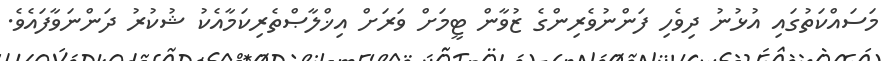
މަސައްކަތުގައި އުޅުނު ދިވެހި ފަންނުވެރިންގެ ޒުވާން ޓީމަށް ވަރަށް އިޚްލާޞްތެރިކަމާއެކު ޝުކުރު ދަންނަވާފައެވެ.